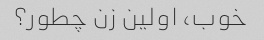
خوب، اولین زن چطور؟